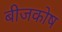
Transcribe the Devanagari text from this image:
बीजकोष